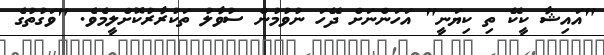
"އައިޝާ ކީކޭ ތި ކިޔަނީ" އަހަންނަށް ދޭހަ ނުވުމުން ސުވާލު ތަކުރާރުކޮށްލީމެވެ. "ވަގުތުގެ